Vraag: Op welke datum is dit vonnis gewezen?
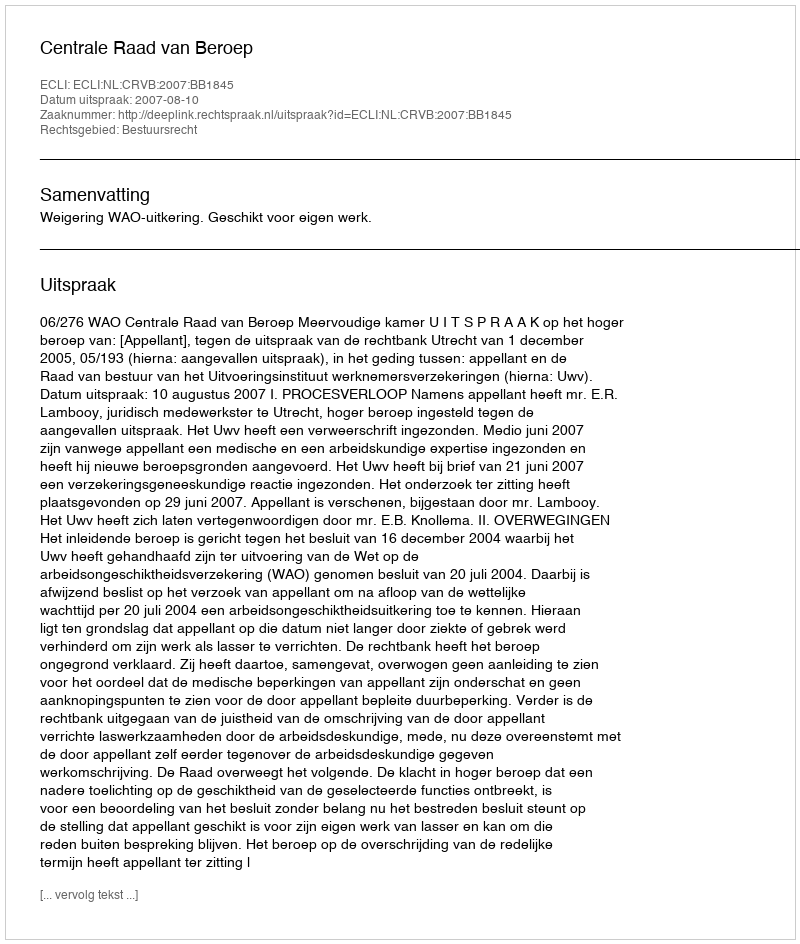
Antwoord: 2007-08-10